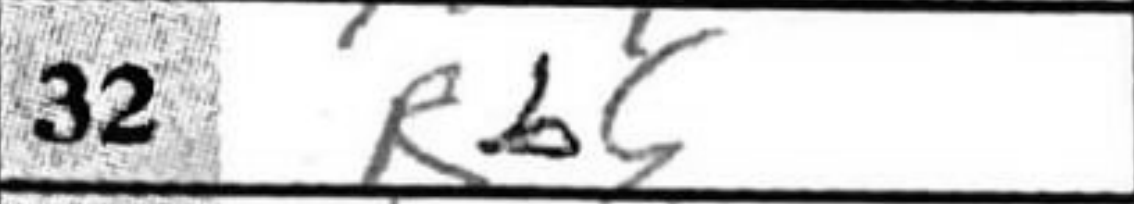
Transcription: Rb5